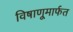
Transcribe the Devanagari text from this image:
विषाणूमार्फत